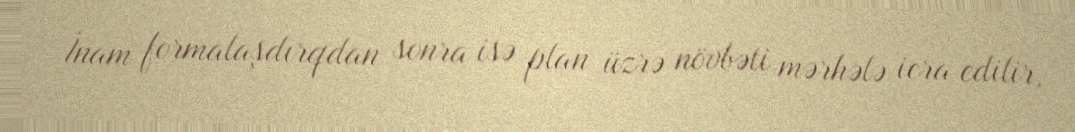
İnam formalaşdırqdan sonra isə plan üzrə növbəti mərhələ icra edilir,